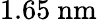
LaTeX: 1.65\ \mathrm{nm}